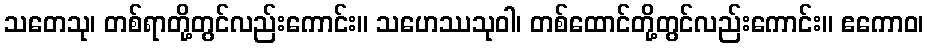
သတေသု၊ တစ်ရာတို့တွင်လည်းကောင်း။ သဟေဿသုဝါ၊ တစ်ထောင်တို့တွင်လည်းကောင်း။ ဧကောဝ၊